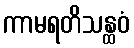
ကာမရတိသန္ထဝံ